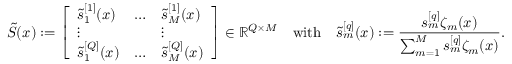
\tilde { S } ( \boldsymbol { x } ) : = \left[ \begin{array} { l l l } { \tilde { s } _ { 1 } ^ { [ 1 ] } ( \boldsymbol { x } ) } & { \ldots } & { \tilde { s } _ { M } ^ { [ 1 ] } ( \boldsymbol { x } ) } \\ { \vdots } & & { \vdots } \\ { \tilde { s } _ { 1 } ^ { [ Q ] } ( \boldsymbol { x } ) } & { \ldots } & { \tilde { s } _ { M } ^ { [ Q ] } ( \boldsymbol { x } ) } \end{array} \right] \in \mathbb { R } ^ { Q \times M } \quad \mathrm { w i t h } \quad \tilde { s } _ { m } ^ { [ q ] } ( \boldsymbol { x } ) : = \frac { s _ { m } ^ { [ q ] } \zeta _ { m } ( \boldsymbol { x } ) } { \sum _ { m = 1 } ^ { M } s _ { m } ^ { [ q ] } \zeta _ { m } ( \boldsymbol { x } ) } .